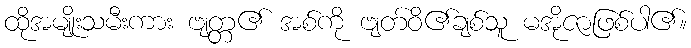
ထိုအမျိုးသမီးကား ဗျတ္တ၏ အစ်ကို ဗျတ်ဝိ၏ချစ်သူ မအိုဇာဖြစ်ပါ၏။